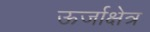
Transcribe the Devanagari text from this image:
ऊर्जाक्षेत्र